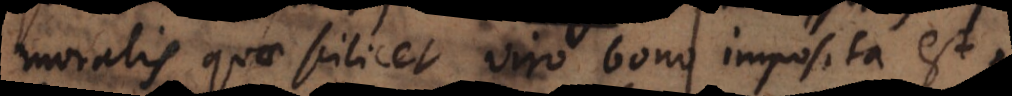
moralis, quae scilicet viro bono imposita est,